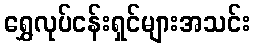
ရွှေလုပ်ငန်းရှင်များအသင်း